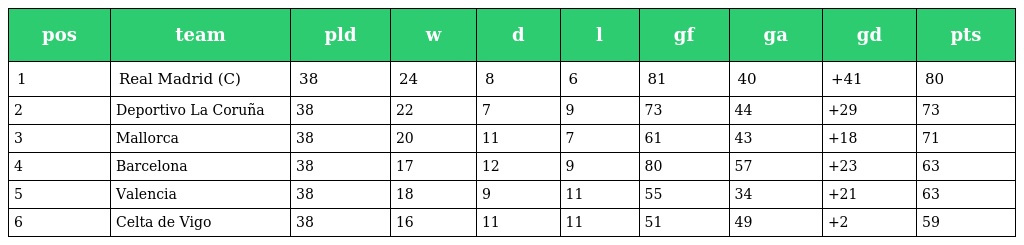
| pos | team | pld | w | d | l | gf | ga | gd | pts |
 | --- | --- | --- | --- | --- | --- | --- | --- | --- | --- |
 | 1 | Real Madrid (C) | 38 | 24 | 8 | 6 | 81 | 40 | +41 | 80 |
 | 2 | Deportivo La Coruña | 38 | 22 | 7 | 9 | 73 | 44 | +29 | 73 |
 | 3 | Mallorca | 38 | 20 | 11 | 7 | 61 | 43 | +18 | 71 |
 | 4 | Barcelona | 38 | 17 | 12 | 9 | 80 | 57 | +23 | 63 |
 | 5 | Valencia | 38 | 18 | 9 | 11 | 55 | 34 | +21 | 63 |
 | 6 | Celta de Vigo | 38 | 16 | 11 | 11 | 51 | 49 | +2 | 59 |